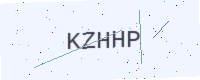
Text: KZHHP